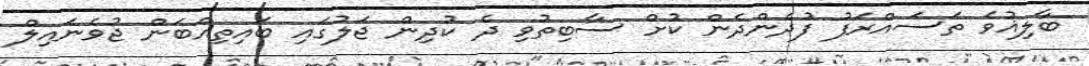
ބާލިޣުވެ ތަސައްރަފު ފުދެންދެން ކުށް ސާބިތުވި ދެ ކުދިން ޖަލުގައި ބައިތިއްބަން ޖުވެނައިލް